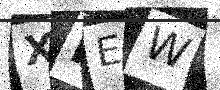
Text: XPEW